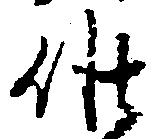
候